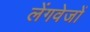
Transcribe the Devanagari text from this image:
लेंगवेजों